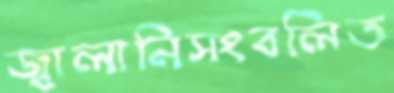
জ্বালানিসংবলিত